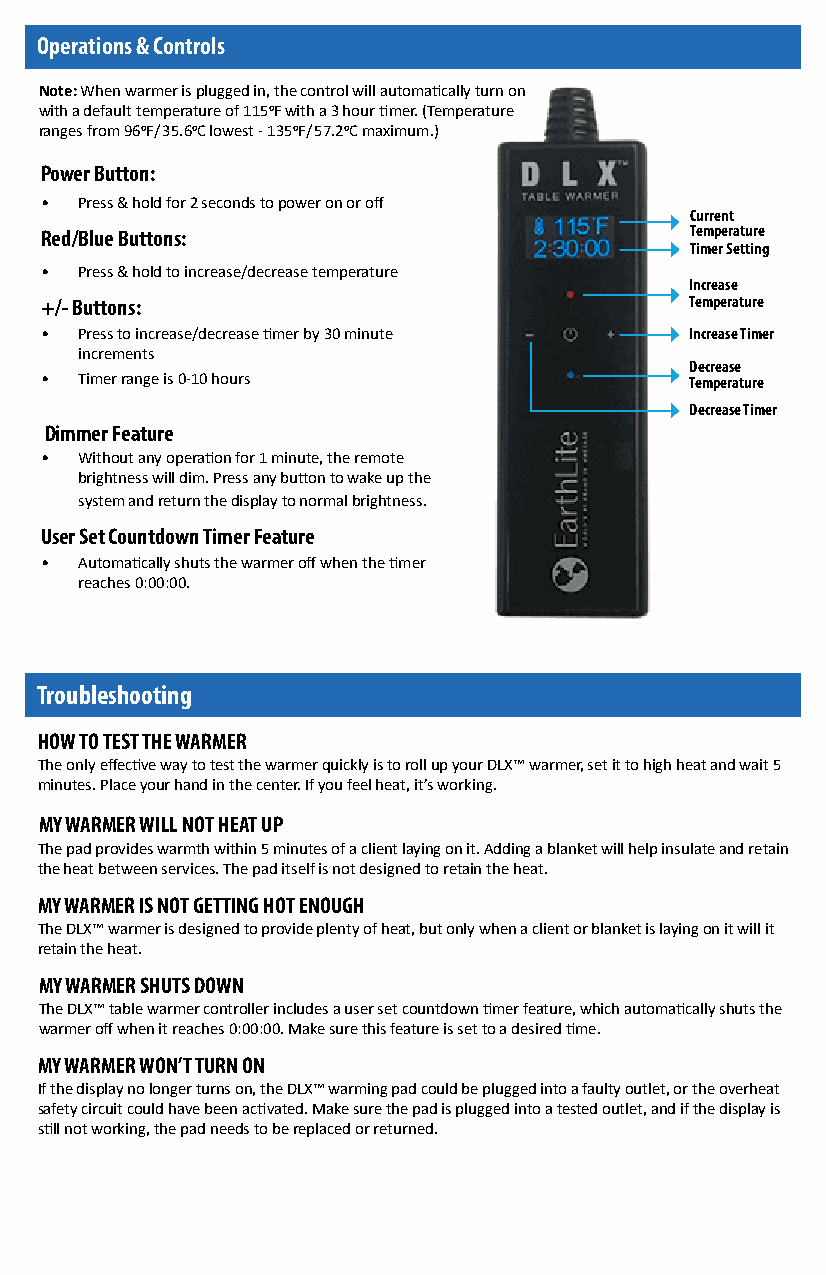
Operations & Controls
 Note: When warmer is plugged in, the control will automatically turn on
 with a default temperature of 1150F with a 3 hour timer. (Temperature
 ranges from 960F/35.60C lowest - 1350F/57.20C maximum.)
 Power Button:
 • Press & hold for 2 seconds to power on or off
 Current
 Red/Blue Buttons:                          Temperature
 Timer Setting
 • Press & hold to increase/decrease temperature
 Increase
 +/- Buttons:                               Temperature
 • Press to increase/decrease timer by 30 minute Increase Timer
 increments
 Decrease
 • Timer range is 0-10 hours                Temperature
 Decrease Timer
 Dimmer Feature
 • Without any operation for 1 minute, the remote
 brightness will dim. Press any button to wake up the
 system and return the display to normal brightness.
 User Set Countdown Timer Feature
 • Automatically shuts the warmer off when the timer
 reaches 0:00:00.
 Troubleshooting
 HOW TO TEST THE WARMER
 The only effective way to test the warmer quickly is to roll up your DLX™ warmer, set it to high heat and wait 5
 minutes. Place your hand in the center. If you feel heat, it’s working.
 MY WARMER WILL NOT HEAT UP
 The pad provides warmth within 5 minutes of a client laying on it. Adding a blanket will help insulate and retain
 the heat between services. The pad itself is not designed to retain the heat.
 MY WARMER IS NOT GETTING HOT ENOUGH
 The DLX™ warmer is designed to provide plenty of heat, but only when a client or blanket is laying on it will it
 retain the heat.
 MY WARMER SHUTS DOWN
 The DLX™ table warmer controller includes a user set countdown timer feature, which automatically shuts the
 warmer off when it reaches 0:00:00. Make sure this feature is set to a desired time.
 MY WARMER WON’T TURN ON
 If the display no longer turns on, the DLX™ warming pad could be plugged into a faulty outlet, or the overheat
 safety circuit could have been activated. Make sure the pad is plugged into a tested outlet, and if the display is
 still not working, the pad needs to be replaced or returned.